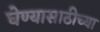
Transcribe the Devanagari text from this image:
घेण्यासाठीच्या